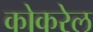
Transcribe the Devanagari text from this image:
कोकरेल